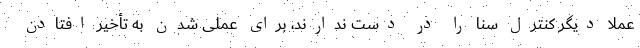
عملاً دیگر کنترل سنا را در دست ندارند، برای عملی شدن به تأخیر افتادن